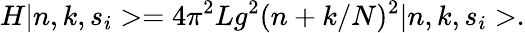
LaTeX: H\vert n,k,s_{i}>=4\pi^{2}Lg^{2}(n+k/N)^{2}\vert n,k,s_{i}>.